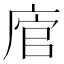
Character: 𢉂